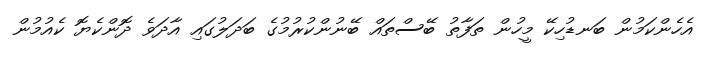
އެހެންކަމުން ބަނޑުހިކޭ މީހުން ތަފާތު ބޭސްތައް ބޭނުންކުރުމުގެ ބަދަލުގައި އާދަވެ ދޮންކެޔޮ ކެއުމުން